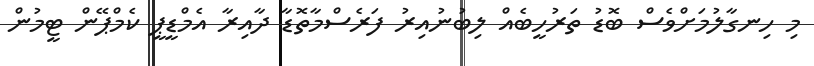
މި ހިނގާލުމަށްވެސް ބޮޑު ތަރުހީބެއް ލިބުނުއިރު ފަރެސްމާތޮޑާ ދާއިރާ އެމްޑީޕީ ކެމްޕޭން ޓީމުން